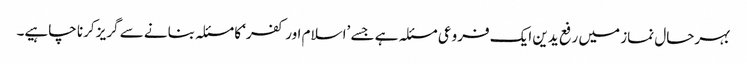
بہرحال نماز میں رفع یدین ایک فروعی مسئلہ ہے جسے ’اسلام اور کفر‘ کا مسئلہ بنانے سے گریز کرنا چاہیے۔